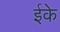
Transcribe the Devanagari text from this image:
ईके